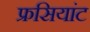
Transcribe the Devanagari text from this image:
फ्रसियांट